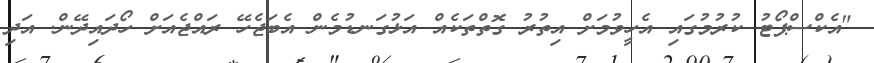
"އެކްސްޕޯޓު ކުރުމުގައި އެހީވުމަށް އިތުރު ގޮތްތަކެއް އަޅުގަނޑުމެން އެބަޖެހޭ ރައްޖެއަށް ހޯދައިދޭން. އަދި